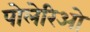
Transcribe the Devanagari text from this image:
पोलेरिओ